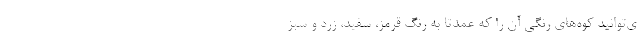
ی‌توانید کوه‌های رنگی آن را که عمدتا به رنگ قرمز، سفید، زرد و سبز